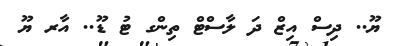
ޔޫ.. ދިސް އިޒް ދަ ލާސްޓް ތިންގ ޓު ޑޫ.. އާރ ޔޫ